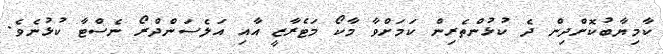
ކާމިޔާބުކޮށްދިން ދެ ކުޅުންތެރިން ކަމަށްވާ މާކޯ މަޓެރާޒީ އާއި އަލެސަންދްރޯ ނެސްޓާ ކުޅުނެވެ.